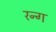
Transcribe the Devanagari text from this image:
रन्ग